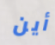
أين